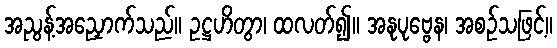
အညွန့်အညှောက်သည်။ ဥဋ္ဌဟိတွာ၊ ထလတ်၍။ အနုပုဗ္ဗေန၊ အစဉ်သဖြင့်။